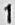
1